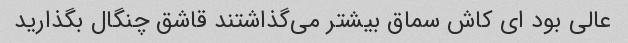
عالی بود ای کاش سماق بیشتر می‌گذاشتند قاشق چنگال بگذارید